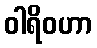
ဝါရိဝဟာ